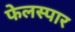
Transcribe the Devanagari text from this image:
फेलस्पार